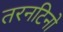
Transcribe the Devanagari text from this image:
तरनटिनो